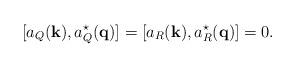
LaTeX: \begin{align*}[a_Q({\bf k}), a_Q^\star({\bf q})] = [a_R({\bf k}),a_R^\star({\bf q})] =0.\end{align*}